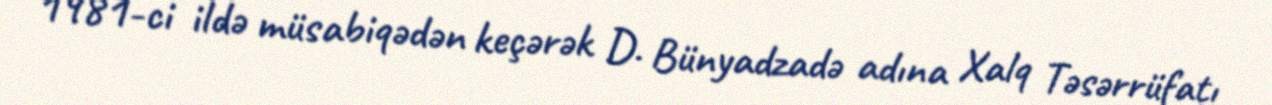
1981-ci ildə müsabiqədən keçərək D. Bünyadzadə adına Xalq Təsərrüfatı